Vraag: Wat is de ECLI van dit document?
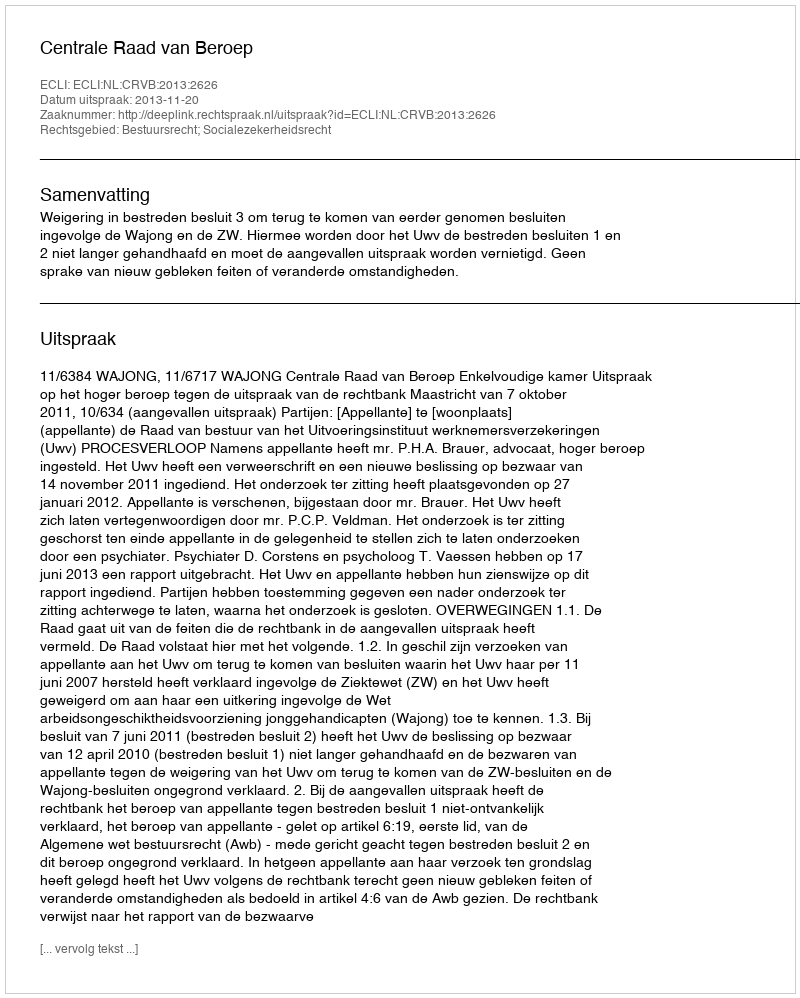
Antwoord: ECLI:NL:CRVB:2013:2626